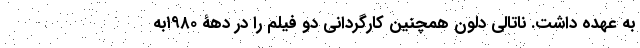
به عهده داشت. ناتالی دلون همچنین کارگردانی دو فیلم را در دهۀ ۱٩٨٠به